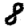
Digit: 8